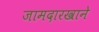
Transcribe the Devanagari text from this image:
जामदारखाने